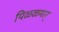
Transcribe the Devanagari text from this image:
पिळ्ळमार्